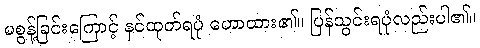
မစွန့်ခြင်းကြောင့် နှင်ထုတ်ရပုံ ဟောထား၏။ ပြန်သွင်းရပုံလည်းပါ၏။